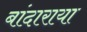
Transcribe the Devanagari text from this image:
बांदाराया